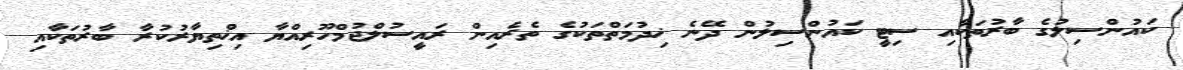
ކައުންސިލުގެ ބާރުތަކާއި ސިޓީ ކައުންސިލުން ދޭނެ ޚިދުމަތްތަކުގެ ތެރެއިން ރައީސުލްޖުމްހޫރިއްޔާ އިޚްތިޔާރުކުރާ ބާރުތަކާއި